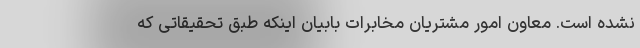
نشده است. معاون امور مشتریان مخابرات بابیان اینکه طبق تحقیقاتی که